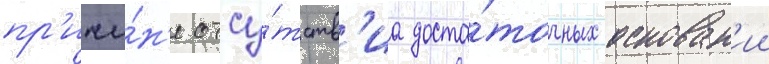
пр'ичи́н'е отсу́тств'иа доста́точных основан'ии